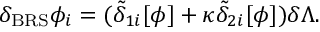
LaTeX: \delta _ { \mathrm { B R S } } \phi _ { i } = ( \tilde { \delta } _ { 1 i } [ \phi ] + \kappa \tilde { \delta } _ { 2 i } [ \phi ] ) \delta \Lambda .